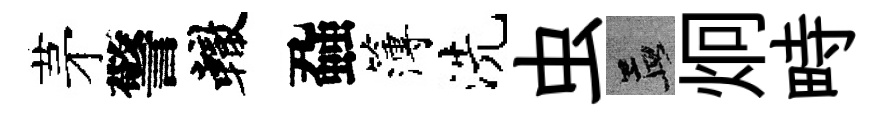
茅警轍蝨簿洗虫孟炯畤